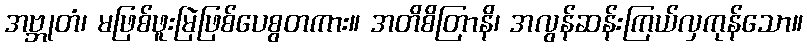
အဗ္ဘုတံ၊ မဖြစ်ဖူးမြဲဖြစ်ပေစွတကား။ အတိစိတြာနိ၊ အလွန်ဆန်းကြယ်လှကုန်သော။